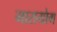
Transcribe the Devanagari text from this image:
मारायोग